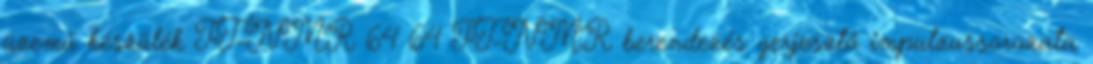
üzemű készülék FT-NMR 64 64 FT-NMR berendezés gerjesztő impulzussorozata